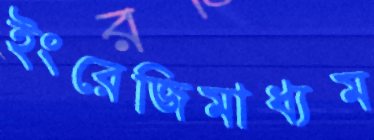
ইংরেজিমাধ্যম